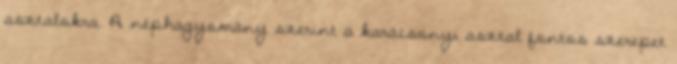
asztalokra. A néphagyomány szerint a karácsonyi asztal fontos szerepet